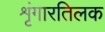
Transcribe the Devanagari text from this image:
शृंगारतिलक